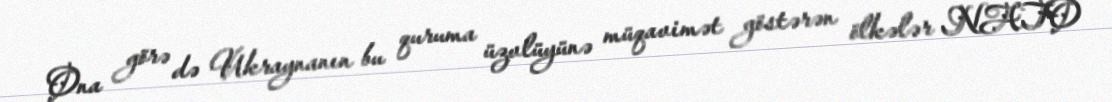
Ona görə də Ukraynanın bu quruma üzvlüyünə müqavimət göstərən ölkələr NATO